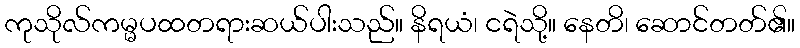
ကုသိုလ်ကမ္မပထတရားဆယ်ပါးသည်။ နိရယံ၊ ငရဲသို့။ နေတိ၊ ဆောင်တတ်၏။